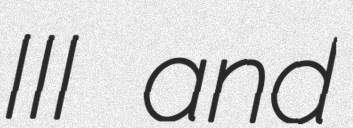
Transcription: III and